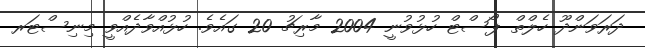
ދަރަވަންދޫ ހެލްތް ޕޯސްޓް ހުޅުވުނީ 2004 މާރިޗު 20 ގައެވެ. ހުޅުއްވާދެއްވީ މިނިސްޓަރ